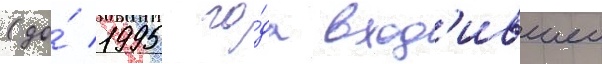
(до́ 1995 го́да вход'ившеи